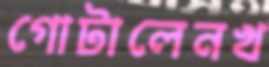
গোটালেনখ